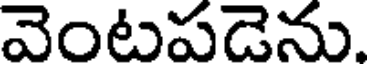
వెంటపడెను.